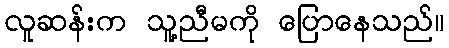
လူဆန်းက သူ့ညီမကို ပြောနေသည်။